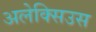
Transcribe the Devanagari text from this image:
अलेक्सिउस